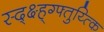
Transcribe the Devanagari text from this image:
स्द्क्ष्ह्ग्फ्तुय्त्कि